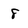
Character: 8